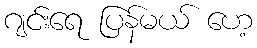
ဂျင်းရေ ပြန်မယ် ဟေ့